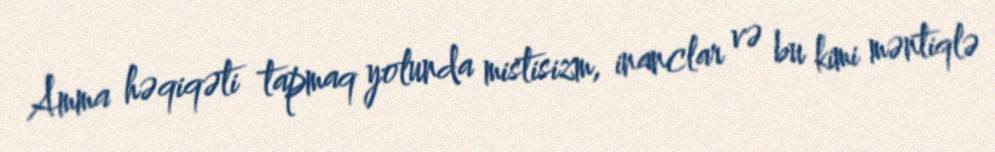
Amma həqiqəti tapmaq yolunda mistisizm, inanclar və bu kimi məntiqlə